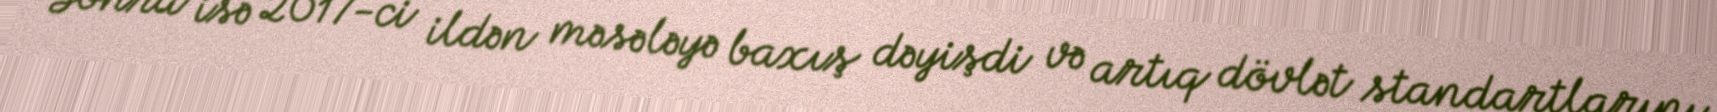
Sonra isə 2017-ci ildən məsələyə baxış dəyişdi və artıq dövlət standartlarını